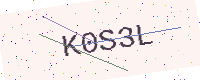
Text: K0S3L